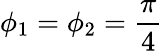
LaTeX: \phi_{1}=\phi_{2}=\frac{\pi}{4}